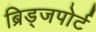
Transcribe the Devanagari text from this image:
ब्रिड्जपोर्ट